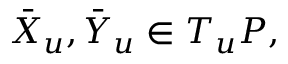
\bar { X } _ { u } , \bar { Y } _ { u } \in T _ { u } P ,